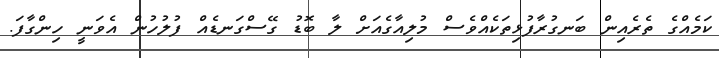
ކަމެއްގެ ތެރެއިން ބަނގުރާފުޅިތަކެއްވެސް މުލިއާގެއަށް ލާ ބޮޑު ގޭސްގަނޑެއް ފުލުހުން އެވަނީ ހިންގާފަ.